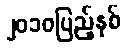
၂၀၁၀ပြည့်နှစ်